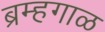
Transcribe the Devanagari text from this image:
ब्रम्हगाळ